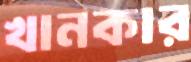
খানকার